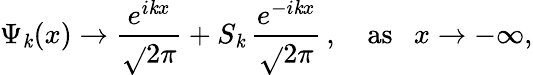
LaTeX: \Psi_{\mathit{k}}(x)\rightarrow\frac{{e^{i\mathit{k}x}}}{{\sqrt{}{{2\pi}}}}+S_{\mathit{k}}\, \frac{{e^{-i\mathit{k}x}}}{{\sqrt{}{{2\pi}}}}\, ,~~~~\mathrm{{as}}~~~x\rightarrow-\infty,